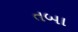
તબા